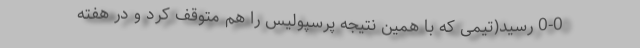
0-0 رسید(تیمی که با همین نتیجه پرسپولیس را هم متوقف کرد و در هفته